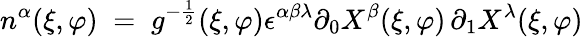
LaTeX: n^{\alpha}(\xi,\varphi)\; =\; g^{-\frac{1}{2}}(\xi,\varphi)\epsilon^{\alpha\beta\lambda}\partial_{0}X^{\beta}(\xi,\varphi)\, \partial_{1}X^{\lambda}(\xi,\varphi)